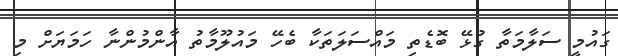
ގައުމީ ސަލާމަތާ ގުޅޭ ބޮޑެތި މައްސަލަތަކާ ބެހޭ މައުލޫމާތު އާންމުންނާ ހަމަޔަށް މި